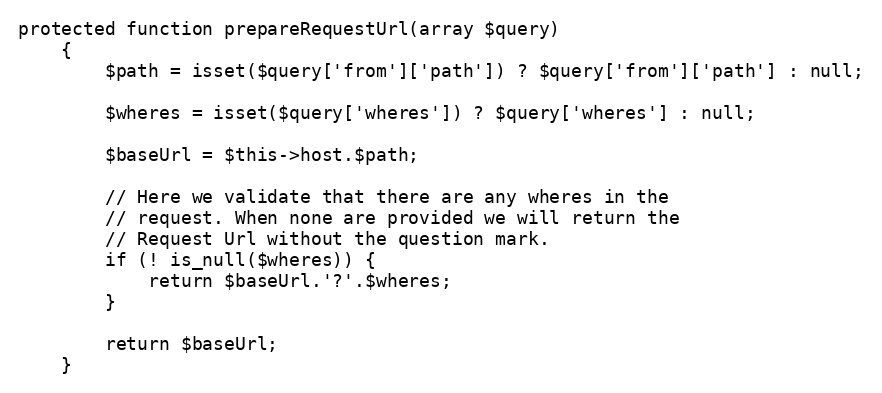
Language: PHP
protected function prepareRequestUrl(array $query)
    {
        $path = isset($query['from']['path']) ? $query['from']['path'] : null;

        $wheres = isset($query['wheres']) ? $query['wheres'] : null;

        $baseUrl = $this->host.$path;

        // Here we validate that there are any wheres in the
        // request. When none are provided we will return the
        // Request Url without the question mark.
        if (! is_null($wheres)) {
            return $baseUrl.'?'.$wheres;
        }

        return $baseUrl;
    }